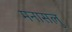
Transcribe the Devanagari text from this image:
मनासलु